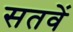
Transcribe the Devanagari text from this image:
सतवें